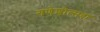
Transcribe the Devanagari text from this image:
गणेशोत्सवा